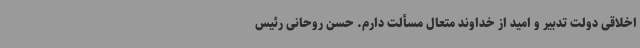
اخلاقی دولت تدبیر و امید از خداوند متعال مسألت دارم. حسن روحانی رئیس